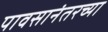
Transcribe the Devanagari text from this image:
पावसानंतरच्या